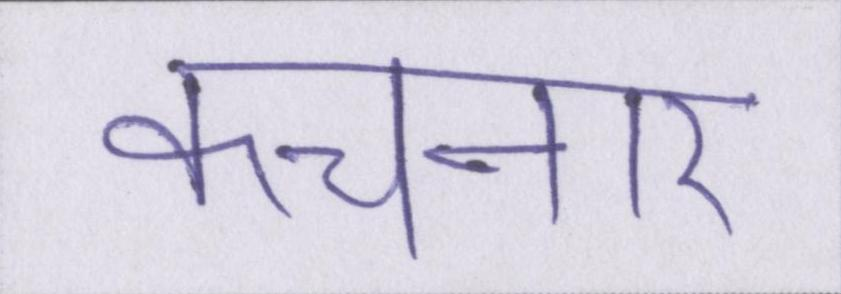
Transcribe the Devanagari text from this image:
कचनार